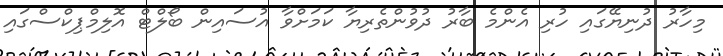
މިހާރު ދުނިޔޭގައި ހުރި އެންމެ ބާރު ދުވުންތެރިޔާ ކަމަށްވާ އުސައިން ބޯލްޓް އޮލިމްޕިކްސްގައި